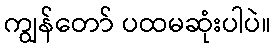
ကျွန်တော် ပထမဆုံးပါပဲ။